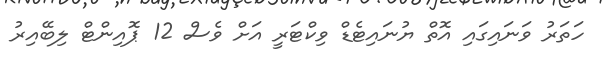
ހަތަރު ވަނައިގައި އޮތް ޔުނައިޓެޑް ވިކްޓަރީ އަށް ވެސް 12 ޕޮއިންޓް ލިބޭއިރު